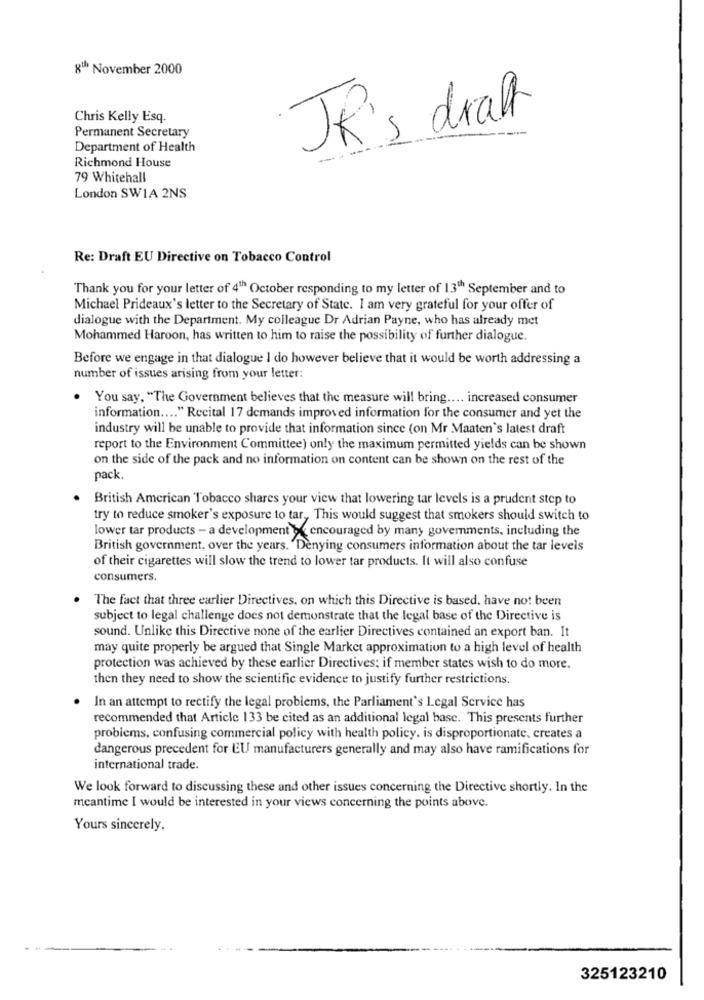
gu November 2000
Chris Kelly Esq.
JR's draft
Permanent Secretary
Department of Health
Richmond House
79 Whitehall
London SWIA 2NS
Re: Draft EU Directive on Tobacco Control
Thank you for your letter of 4th October responding to my letter of 13th September and to
Michael Prideaux's letter to the Secretary of State. I am very grateful for your offer of
dialogue with the Department. My colleague Dr Adrian Payne, who has already met
Mohammed Haroon, has written to him to raise the possibility of further dialogue.
Before we engage in that dialogue I do however believe that it would be worth addressing a
number of issues arising from your letter:
You say, "The Government believes that the measure will bring .... increased consumer
information .... " Recital 17 demands improved information for the consumer and yet the
industry will be unable to provide that information since (on Mr Maaten's latest draft
report to the Environment Committee) only the maximum permitted yields can be shown
on the side of the pack and no information on content can be shown on the rest of the
pack.
British American Tobacco shares your view that lowering tar levels is a prudent step to
try to reduce smoker's exposure to tar ,, This would suggest that smokers should switch to
lower tar products - a development > < encouraged by many governments, including the
British government, over the years. Denying consumers information about the tar levels
of their cigarettes will slow the trend to lower tar products. It will also confuse
consumers.
The fact that three earlier Directives, on which this Directive is based, have not been
subject to legal challenge does not demonstrate that the legal base of the Directive is
sound. Unlike this Directive none of the earlier Directives contained an export ban. It
may quite properly be argued that Single Market approximation to a high level of health
protection was achieved by these earlier Directives: if member states wish to do more.
then they need to show the scientific evidence to justify further restrictions.
In an attempt to rectify the legal problems, the Parliament's Legal Service has
recommended that Article 133 be cited as an additional legal base. This presents further
problems, confusing commercial policy with health policy. is disproportionate, creates a
dangerous precedent for EU manufacturers generally and may also have ramifications for
international trade.
We look forward to discussing these and other issues concerning the Directive shortly. In the
meantime I would be interested in your views concerning the points above.
Yours sincerely,
325123210